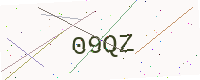
Text: 09QZ